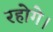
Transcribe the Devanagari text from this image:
रहोगे।